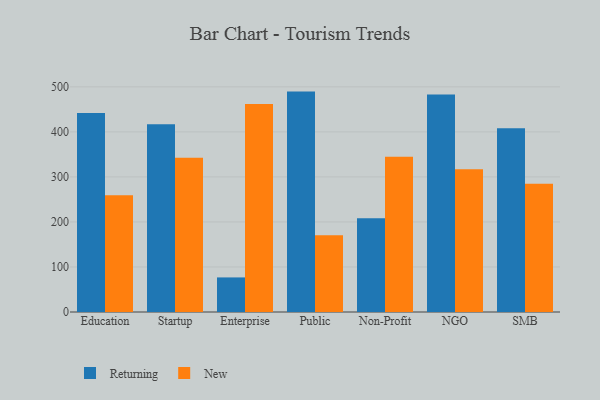
{"axis": {"x": "Segment", "y": "Tickets Resolved"}, "legend": ["New", "Returning"], "data": [{"x": "Education", "y": 442.2, "type": "Returning"}, {"x": "Education", "y": 259.2, "type": "New"}, {"x": "Startup", "y": 417.0, "type": "Returning"}, {"x": "Startup", "y": 342.8, "type": "New"}, {"x": "Enterprise", "y": 76.8, "type": "Returning"}, {"x": "Enterprise", "y": 462.1, "type": "New"}, {"x": "Public", "y": 489.5, "type": "Returning"}, {"x": "Public", "y": 170.6, "type": "New"}, {"x": "Non-Profit", "y": 208.0, "type": "Returning"}, {"x": "Non-Profit", "y": 344.6, "type": "New"}, {"x": "NGO", "y": 482.8, "type": "Returning"}, {"x": "NGO", "y": 316.8, "type": "New"}, {"x": "SMB", "y": 408.2, "type": "Returning"}, {"x": "SMB", "y": 284.6, "type": "New"}]}